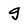
Character: g